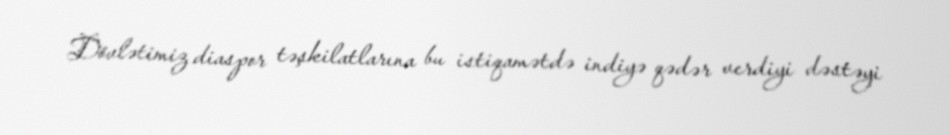
Dövlətimiz diaspor təşkilatlarına bu istiqamətdə indiyə qədər verdiyi dəstəyi